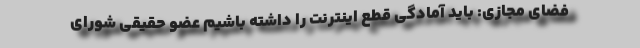
فضای مجازی: باید آمادگی قطع اینترنت را داشته باشیم عضو حقیقی شورای